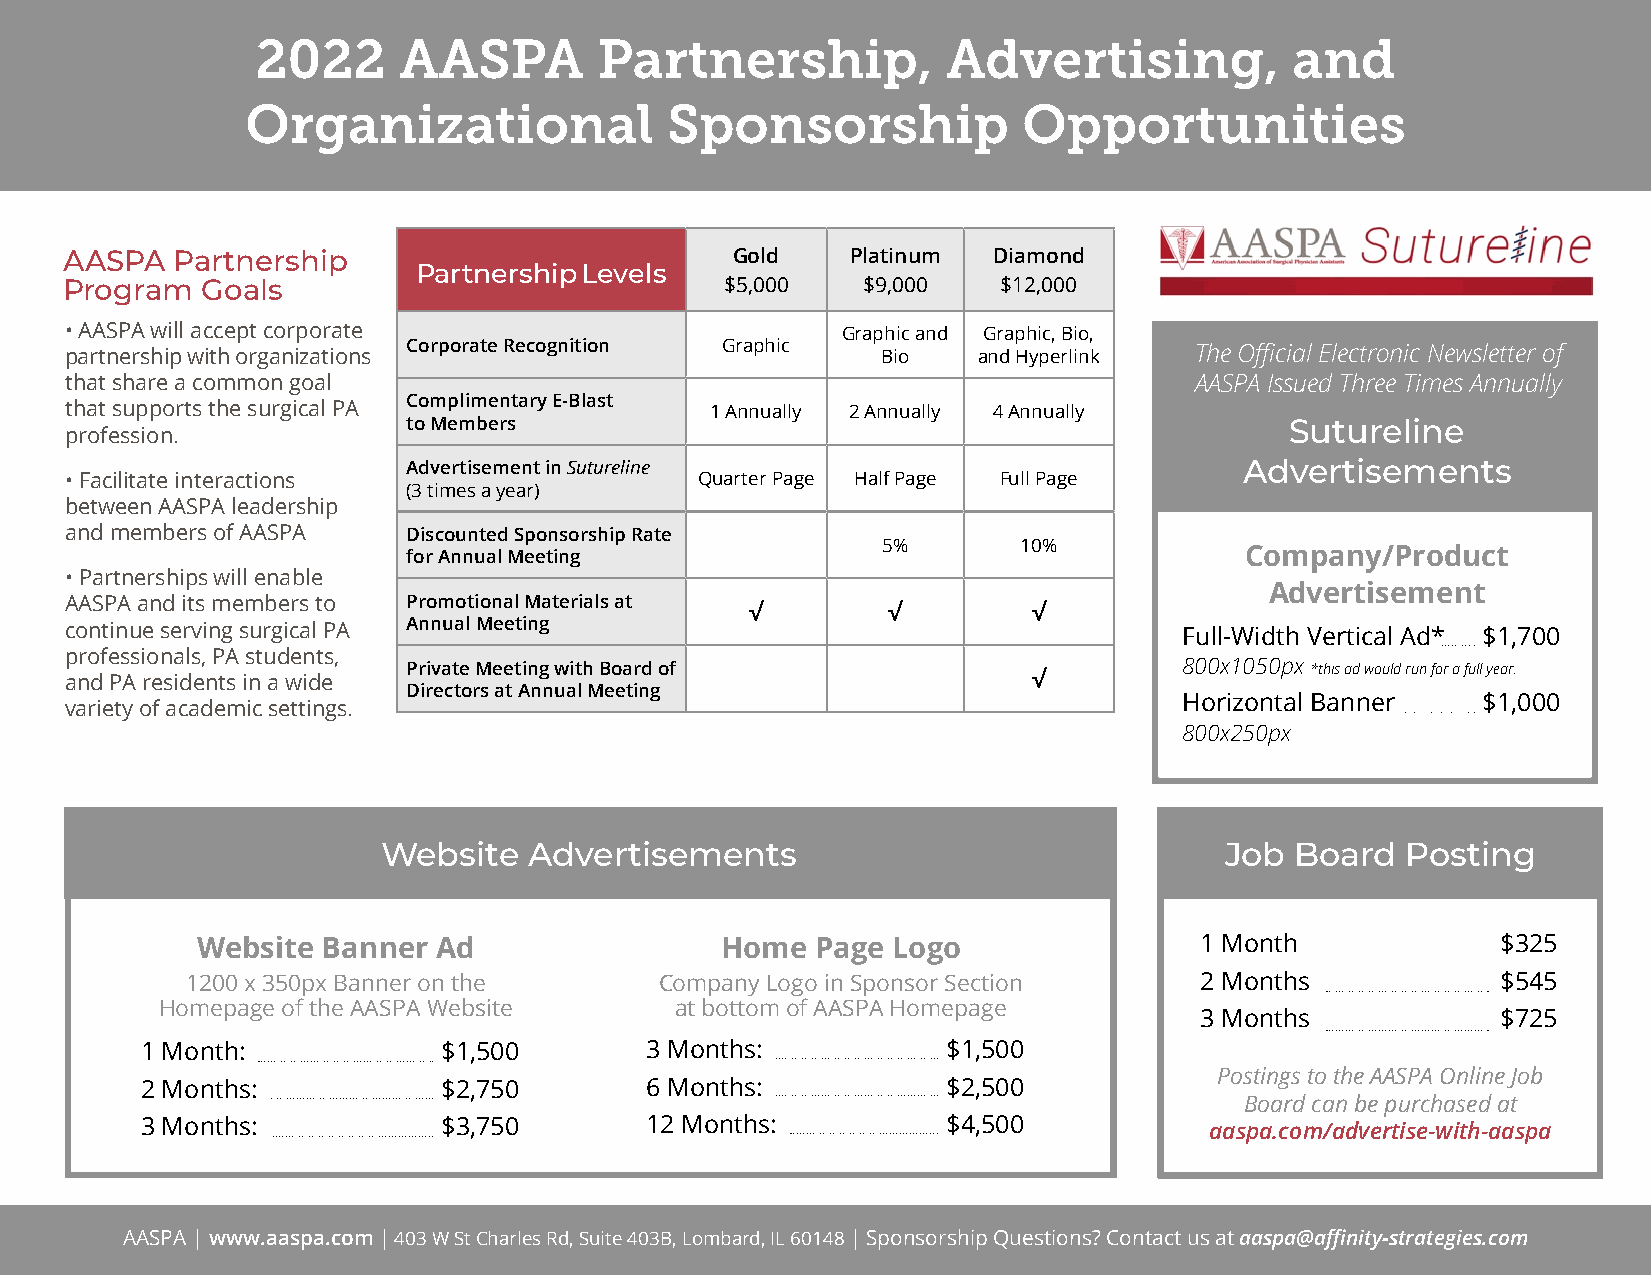
2022     AASPA         Partnership,           Advertising,           and
 Organizational              Sponsorship             Opportunities
 AASPA  Partnership                          Gold    Platinum  Diamond
 Partnership Levels
 Program  Goals                              $5,000   $9,000   $12,000
 • AASPA will accept corporate                       Graphic and Graphic, Bio,
 partnership with organizations Corporate Recognition Graphic Bio and Hyperlink The Official Electronic Newsletter of
 that share a common goal                                                   AASPA Issued Three Times Annually
 Complimentary E-Blast
 that supports the surgical PA              1 Annually 2 Annually 4 Annually
 to Members                                                Sutureline
 profession.
 Advertisement in Sutureline                            Advertisements
 • Facilitate interactions                 Quarter Page Half Page Full Page
 (3 times a year)
 between AASPA leadership
 and members of AASPA   Discounted Sponsorship Rate
 5%        10%
 for Annual Meeting                                     Company/Product
 • Partnerships will enable
 Advertisement
 AASPA and its members to Promotional Materials at
 √        √        √
 continue serving surgical PA Annual Meeting                               Full-Width Vertical Ad* $1,700
 professionals, PA students,
 Private Meeting with Board of                      800x1050px *this ad would run for a full year.
 and PA residents in a wide                                      √
 Directors at Annual Meeting
 Horizontal Banner   $1,000
 variety of academic settings.
 800x250px
 Website   Advertisements                                Job  Board  Posting
 Website Banner  Ad                 Home  Page Logo                1 Month             $325
 1200 x 350px Banner on the      Company Logo in Sponsor Section    2 Months            $545
 Homepage of the AASPA Website     at bottom of AASPA Homepage
 3 Months            $725
 1 Month:            $1,500        3 Months:           $1,500
 Postings to the AASPA Online Job
 2 Months:           $2,750        6 Months:           $2,500
 Board can be purchased at
 3 Months:           $3,750        12 Months:          $4,500           aaspa.com/advertise-with-aaspa
 AASPA | www.aaspa.com | 403 W St Charles Rd, Suite 403B, Lombard, IL 60148 | Sponsorship Questions? Contact us at aaspa@affinity-strategies.com